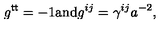
g ^ { \sf t t } = - 1 \mathrm { a n d } g ^ { i j } = \gamma ^ { i j } a ^ { - 2 } ,